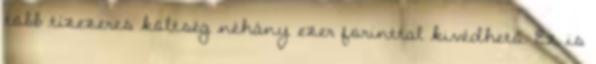
több tízezeres költség néhány ezer forinttal kivédhető. Ez is